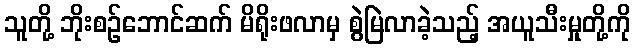
သူတို့ ဘိုးစဉ်ဘောင်ဆက် မိရိုးဖလာမှ စွဲမြဲလာခဲ့သည့် အယူသီးမှုတို့ကို